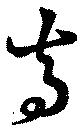
寺